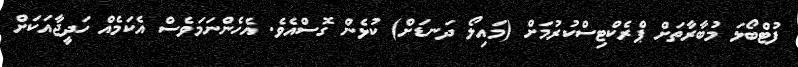
ފުޓްބޯޅަ މުބާރާތަށް ޕްރެކްޓިސްކުރުމަށް (މައިލޯ ދަނޑަށް) ކުޅެން ގޮސްއެވެ. އެހެންނަމަވެސް އެކަމެއް ހަދީޖާއަކަށް